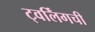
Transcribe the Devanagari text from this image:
ट्वर्लिंगची